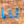
لذا